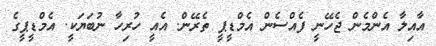
އާއިލާ އެންމެން ޖެހޭނީ ފެއްސެން އެމްޑީޕީ ތެރޭން. އެއީ ހުރިހާ ނުބަޔަކީ. އެމްޑީޕީގެ